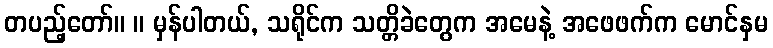
တပည့်တော်။ ။ မှန်ပါတယ်, သရိုင်က သတ္တိခဲတွေက အမေနဲ့ အဖေဖက်က မောင်နှမ